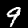
Label: 9